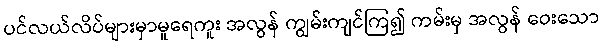
ပင်လယ်လိပ်များမှာမူရေကူး အလွန် ကျွမ်းကျင်ကြ၍ ကမ်းမှ အလွန် ဝေးသော